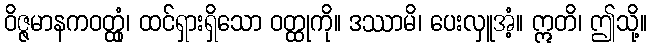
ဝိဇ္ဇမာနကဝတ္ထုံ၊ ထင်ရှားရှိသော ဝတ္ထုကို။ ဒဿာမိ၊ ပေးလှူအံ့။ ဣတိ၊ ဤသို့။